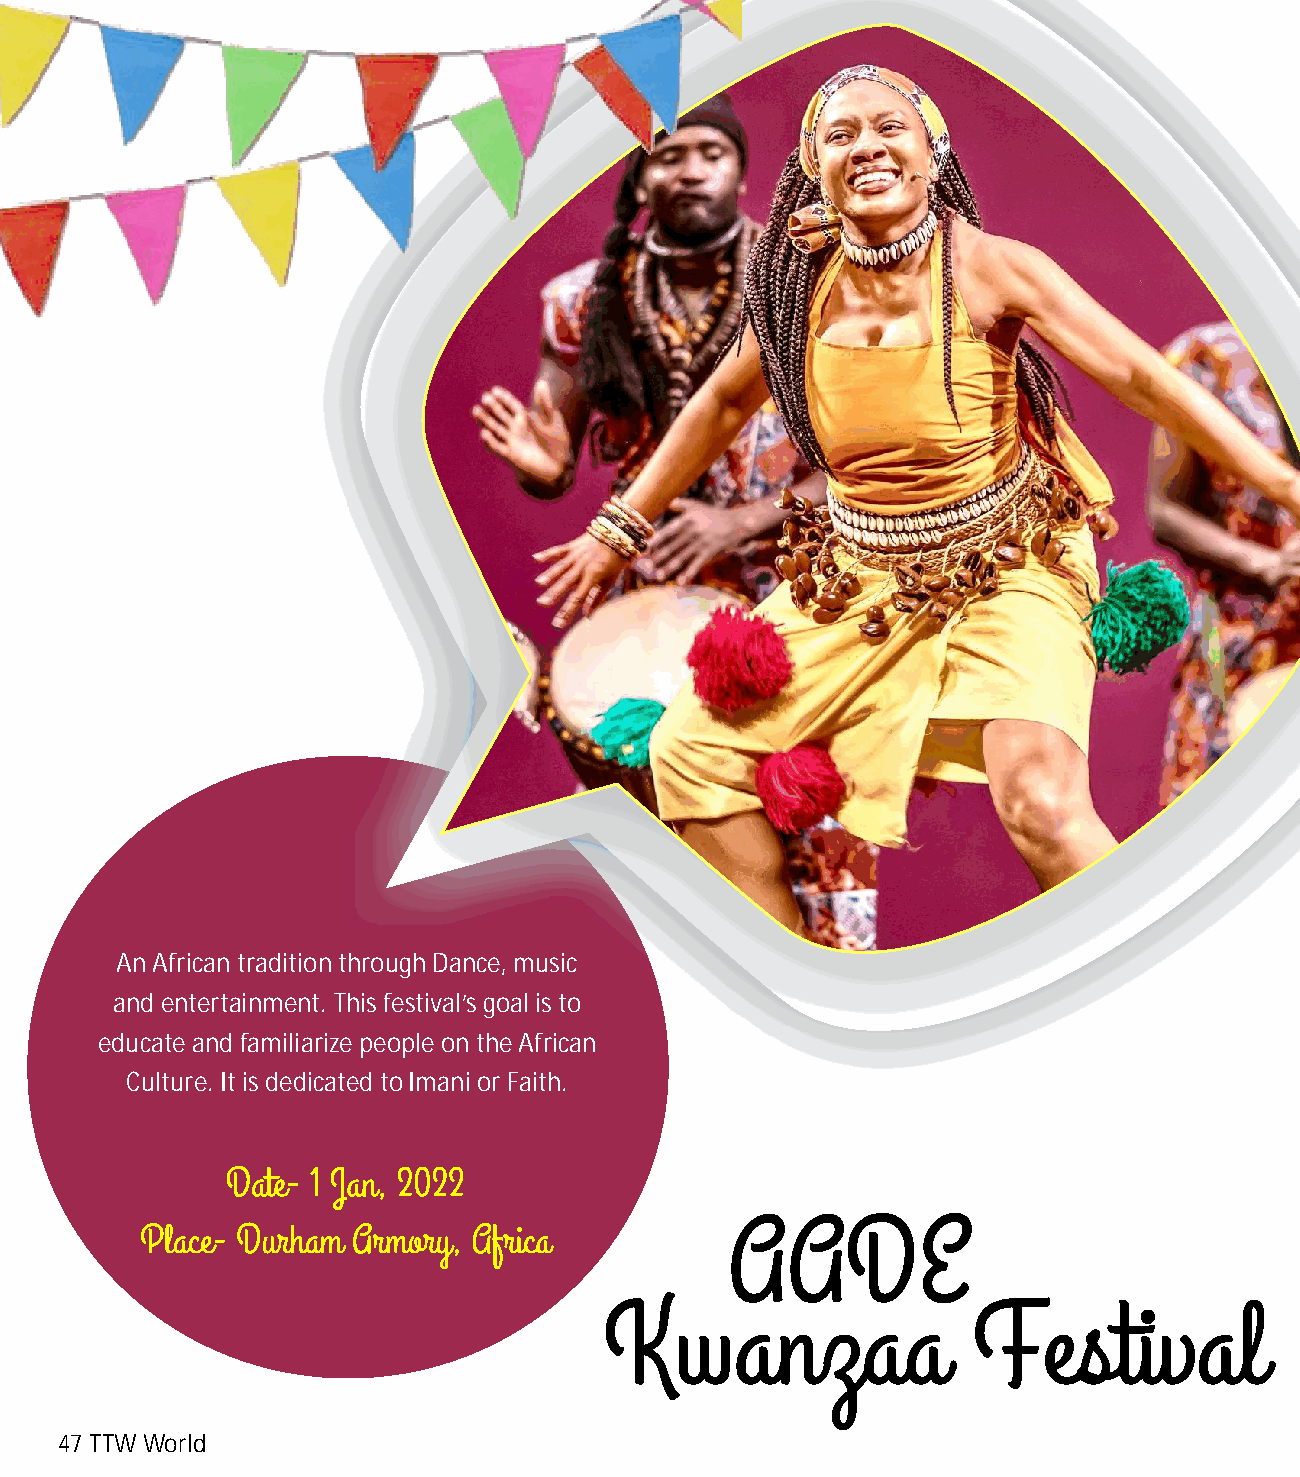
An African tradition through Dance, music
 and entertainment. This festival’s goal is to
 educate and familiarize people on the African
 Culture. It is dedicated to Imani or Faith.
 47 TTW World